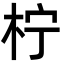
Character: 柠